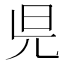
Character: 𣅏